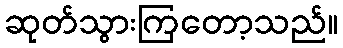
ဆုတ်သွားကြတော့သည်။